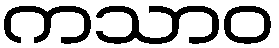
ကသာဝ